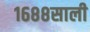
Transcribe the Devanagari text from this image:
१६८८साली